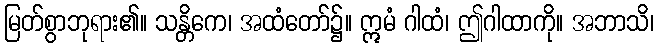
မြတ်စွာဘုရား၏။ သန္တိကေ၊ အထံတော်၌။ ဣမံ ဂါထံ၊ ဤဂါထာကို။ အဘာသိ၊